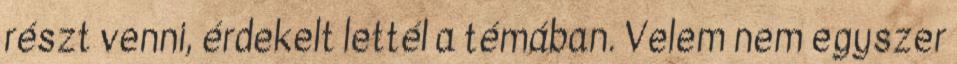
részt venni, érdekelt lettél a témában. Velem nem egyszer